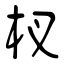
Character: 杈